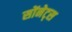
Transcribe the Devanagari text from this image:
सोंनेट्स